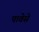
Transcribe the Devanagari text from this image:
पावेसे